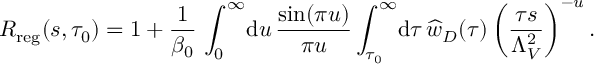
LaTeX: R _ { \mathrm { r e g } } ( s , \tau _ { 0 } ) = 1 + { \frac { 1 } { \beta _ { 0 } } } \, \int _ { 0 } ^ { \infty } \! \mathrm { d } u \, { \frac { \sin ( \pi u ) } { \pi u } } \int _ { \tau _ { 0 } } ^ { \infty } \! \mathrm { d } \tau \, \widehat w _ { D } ( \tau ) \, \bigg ( { \frac { \tau s } { \Lambda _ { V } ^ { 2 } } } \bigg ) ^ { - u } \, .